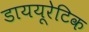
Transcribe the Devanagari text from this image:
डाययूरेटिक